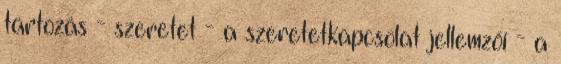
tartozás - szeretet - a szeretetkapcsolat jellemzői - a